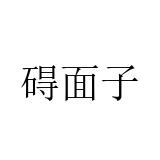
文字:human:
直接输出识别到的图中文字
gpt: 碍面子